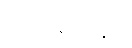
သံသရာတွင်